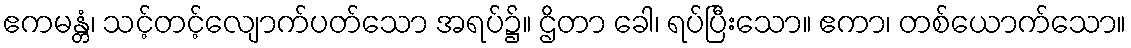
ဧကမန္တံ၊ သင့်တင့်လျောက်ပတ်သော အရပ်၌။ ဌိတာ ခေါ၊ ရပ်ပြီးသော။ ဧကာ၊ တစ်ယောက်သော။